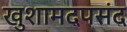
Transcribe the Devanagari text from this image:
खुशामदपसंद